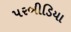
પરબીડિયા